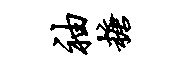
袖糖